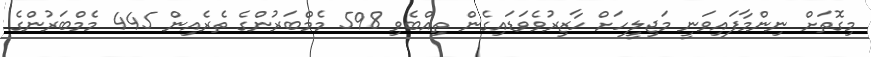
މިގޮތަށް ނިންމާފައިވަނީ މަޖިލީހަށް ހާޒިރުވެވަޑައިގެން ތިއްބެވި 598 މެމްބަރުންގެ ތެރެއިން 445 މެމްބަރުންގެ